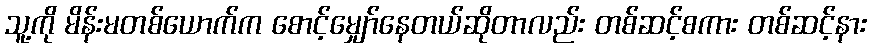
သူ့ကို မိန်းမတစ်ယောက်က စောင့်မျှော်နေတယ်ဆိုတာလည်း တစ်ဆင့်စကား တစ်ဆင့်နား